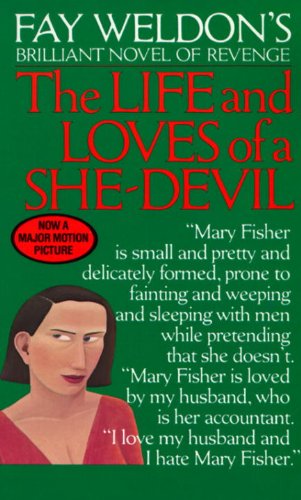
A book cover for The Life and Loves of a She Devil; Fay Weldon; Literature & Fiction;